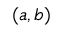
( a , b )